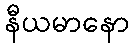
နီယမာနော